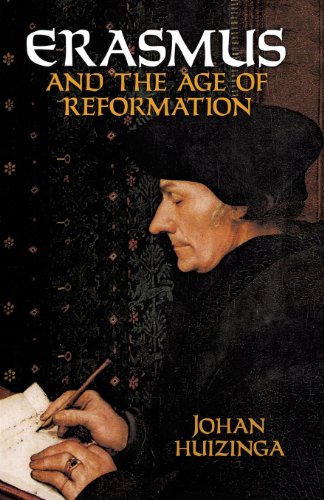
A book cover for Erasmus and the Age of Reformation; Johan Huizinga; History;